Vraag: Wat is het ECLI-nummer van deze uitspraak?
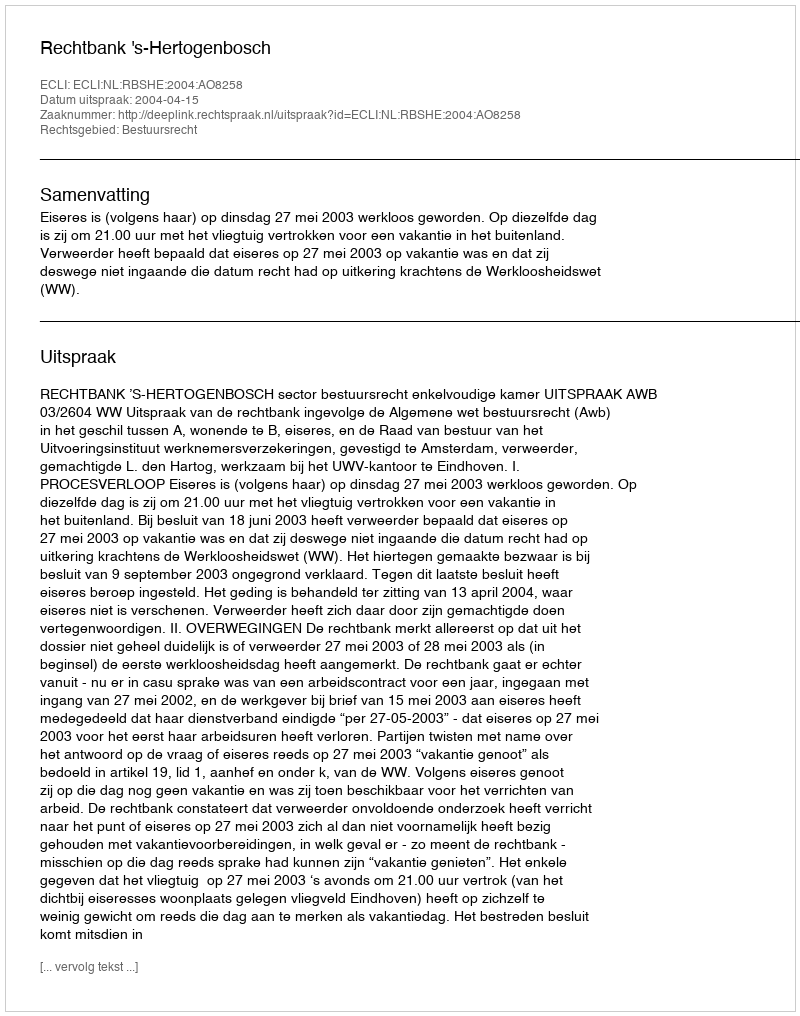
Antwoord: ECLI:NL:RBSHE:2004:AO8258